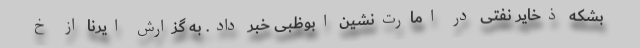
بشکه ذخایر نفتی در امارت‌نشین ابوظبی خبر داد. به گزارش ایرنا از خ